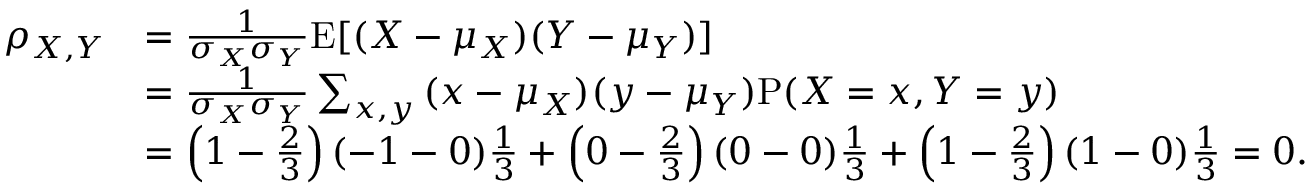
{ \begin{array} { r l } { \rho _ { X , Y } } & { = { \frac { 1 } { \sigma _ { X } \sigma _ { Y } } } \mathrm { E } [ ( X - \mu _ { X } ) ( Y - \mu _ { Y } ) ] } \\ & { = { \frac { 1 } { \sigma _ { X } \sigma _ { Y } } } \sum _ { x , y } { ( x - \mu _ { X } ) ( y - \mu _ { Y } ) \mathrm { P } ( X = x , Y = y ) } } \\ & { = \left( 1 - { \frac { 2 } { 3 } } \right) ( - 1 - 0 ) { \frac { 1 } { 3 } } + \left( 0 - { \frac { 2 } { 3 } } \right) ( 0 - 0 ) { \frac { 1 } { 3 } } + \left( 1 - { \frac { 2 } { 3 } } \right) ( 1 - 0 ) { \frac { 1 } { 3 } } = 0 . } \end{array} }